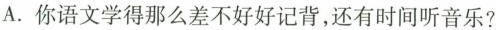
A.你语文学得那么差不好好记背，还有时间听音乐?